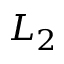
L _ { 2 }